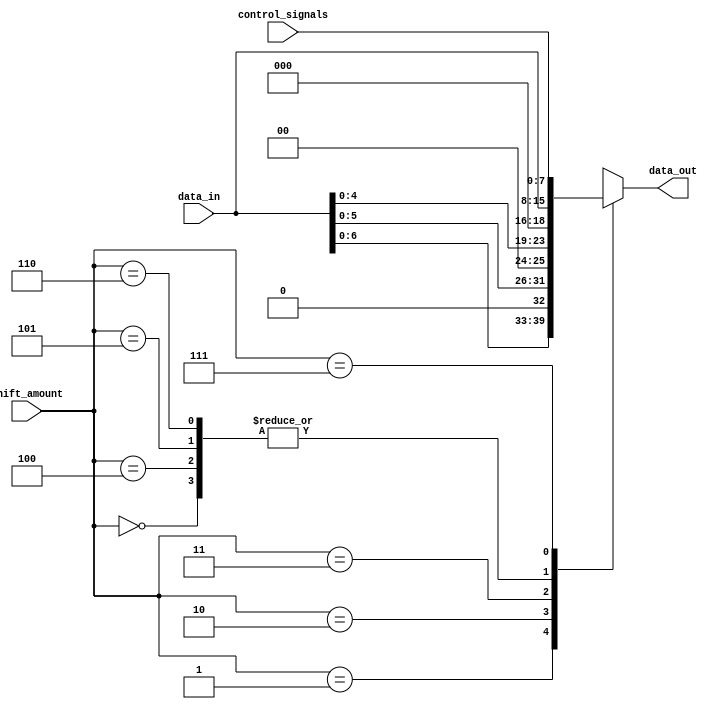
module sparse_barrel_shifter (
    input [7:0] data_in,
    input [2:0] shift_amount,
    input [7:0] control_signals,
    output reg [7:0] data_out
);

always @(*) begin
    case(shift_amount)
        3'b000: data_out = {data_in[7:4], data_in[3:0]}; // No shifting
        3'b001: data_out = {data_in[6:3], data_in[2:0], 1'b0}; // Shift left by 1
        3'b010: data_out = {data_in[5:2], data_in[1:0], 2'b00}; // Shift left by 2
        3'b011: data_out = {data_in[4:1], data_in[0], 3'b000}; // Shift left by 3
        3'b100: data_out = {1'b0, data_in[7:4], data_in[3:0]}; // Shift right by 1
        3'b101: data_out = {2'b00, data_in[7:5], data_in[4:0]}; // Shift right by 2
        3'b110: data_out = {3'b000, data_in[7:6], data_in[5:0]}; // Shift right by 3
        3'b111: data_out = control_signals; // Custom shifting defined by control signals
    endcase
end

endmodule